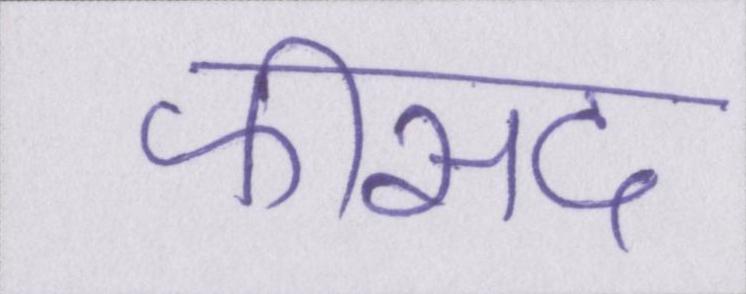
फीसद